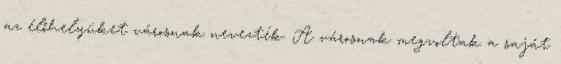
az élőhelyüket városnak nevezték. A városnak megvoltak a saját